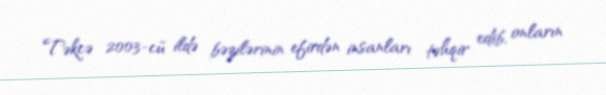
Təkcə 2003-cü ildə bəzilərinin efirdən insanları təhqir edib, onların